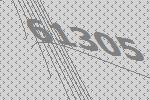
61305